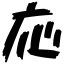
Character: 応